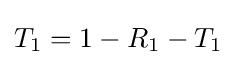
T_{1}=1-R_{1}-T_{1}